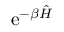
\mathrm { e } ^ { - \beta { \hat { H } } }